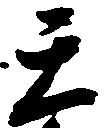
天